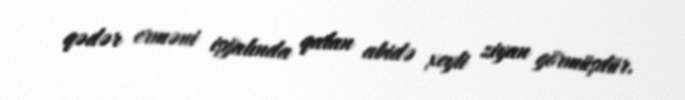
qədər erməni işğalında qalan abidə xeyli ziyan görmüşdür.